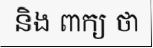
និង ពាក្យ ថា